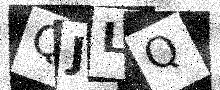
Text: QJLQ